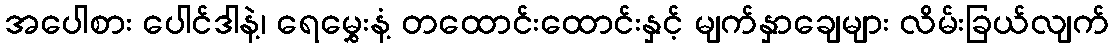
အပေါစား ပေါင်ဒါနဲ့၊ ရေမွှေးနံ့ တထောင်းထောင်းနှင့် မျက်နှာချေများ လိမ်းခြယ်လျက်